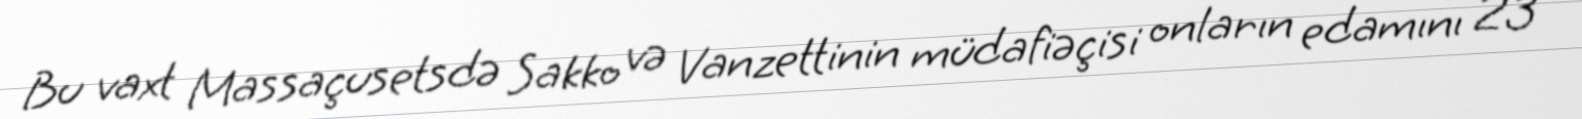
Bu vaxt Massaçusetsdə Sakko və Vanzettinin müdafiəçisi onların edamını 23